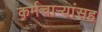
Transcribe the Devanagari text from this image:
कर्मचाऱ्यांसह